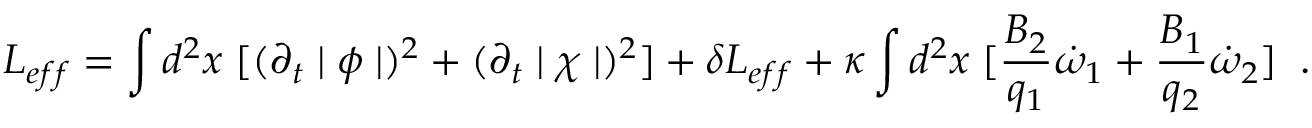
L _ { e f f } = \int d ^ { 2 } x \; [ ( \partial _ { t } \mid \phi \mid ) ^ { 2 } + ( \partial _ { t } \mid \chi \mid ) ^ { 2 } ] + \delta L _ { e f f } + \kappa \int d ^ { 2 } x \; [ \frac { B _ { 2 } } { q _ { 1 } } \dot { \omega } _ { 1 } + \frac { B _ { 1 } } { q _ { 2 } } \dot { \omega } _ { 2 } ] \; \; .